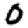
Digit: 0